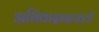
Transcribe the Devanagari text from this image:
अभिवादानासाठी